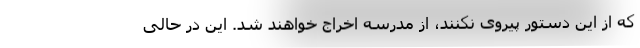
که از این دستور پیروی نکنند، از مدرسه اخراج خواهند شد. این در حالی‌